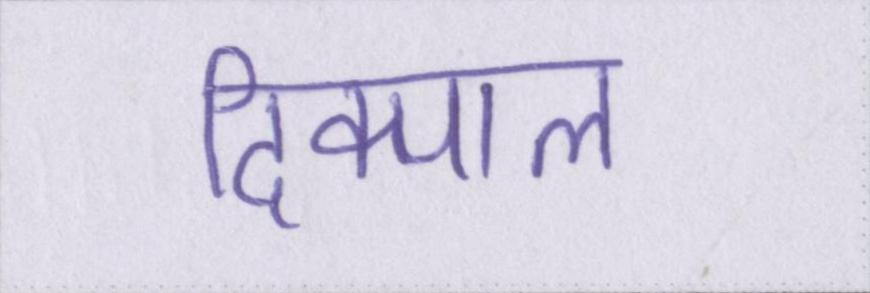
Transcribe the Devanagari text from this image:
दिक्पाल